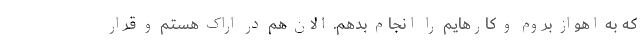
که به اهواز بروم و کارهایم را انجام بدهم. الان هم در اراک هستم و قرار